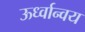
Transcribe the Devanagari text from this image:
ऊर्ध्वान्वय